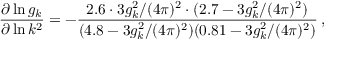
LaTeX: \frac { \partial \ln g _ { k } } { \partial \ln k ^ { 2 } } = - \frac { 2 . 6 \cdot 3 g _ { k } ^ { 2 } / ( 4 \pi ) ^ { 2 } \cdot ( 2 . 7 - 3 g _ { k } ^ { 2 } / ( 4 \pi ) ^ { 2 } ) } { ( 4 . 8 - 3 g _ { k } ^ { 2 } / ( 4 \pi ) ^ { 2 } ) ( 0 . 8 1 - 3 g _ { k } ^ { 2 } / ( 4 \pi ) ^ { 2 } ) } \: ,